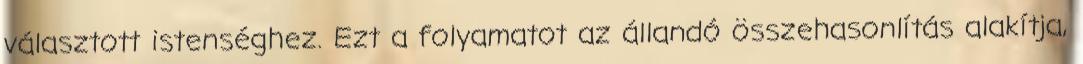
választott istenséghez. Ezt a folyamatot az állandó összehasonlítás alakítja,